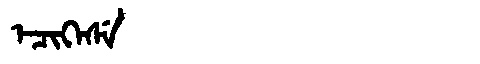
Manchu: ᡝᠴᡳᡴᡝᠰᡝ
Romanization: ECIKESE